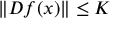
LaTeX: \| D f ( x ) \| \leq K